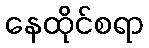
နေထိုင်စရာ